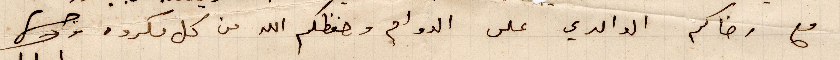
مع رضاكم الوالدي على الدوام وحفظكم الله من كل مكروه. وصل